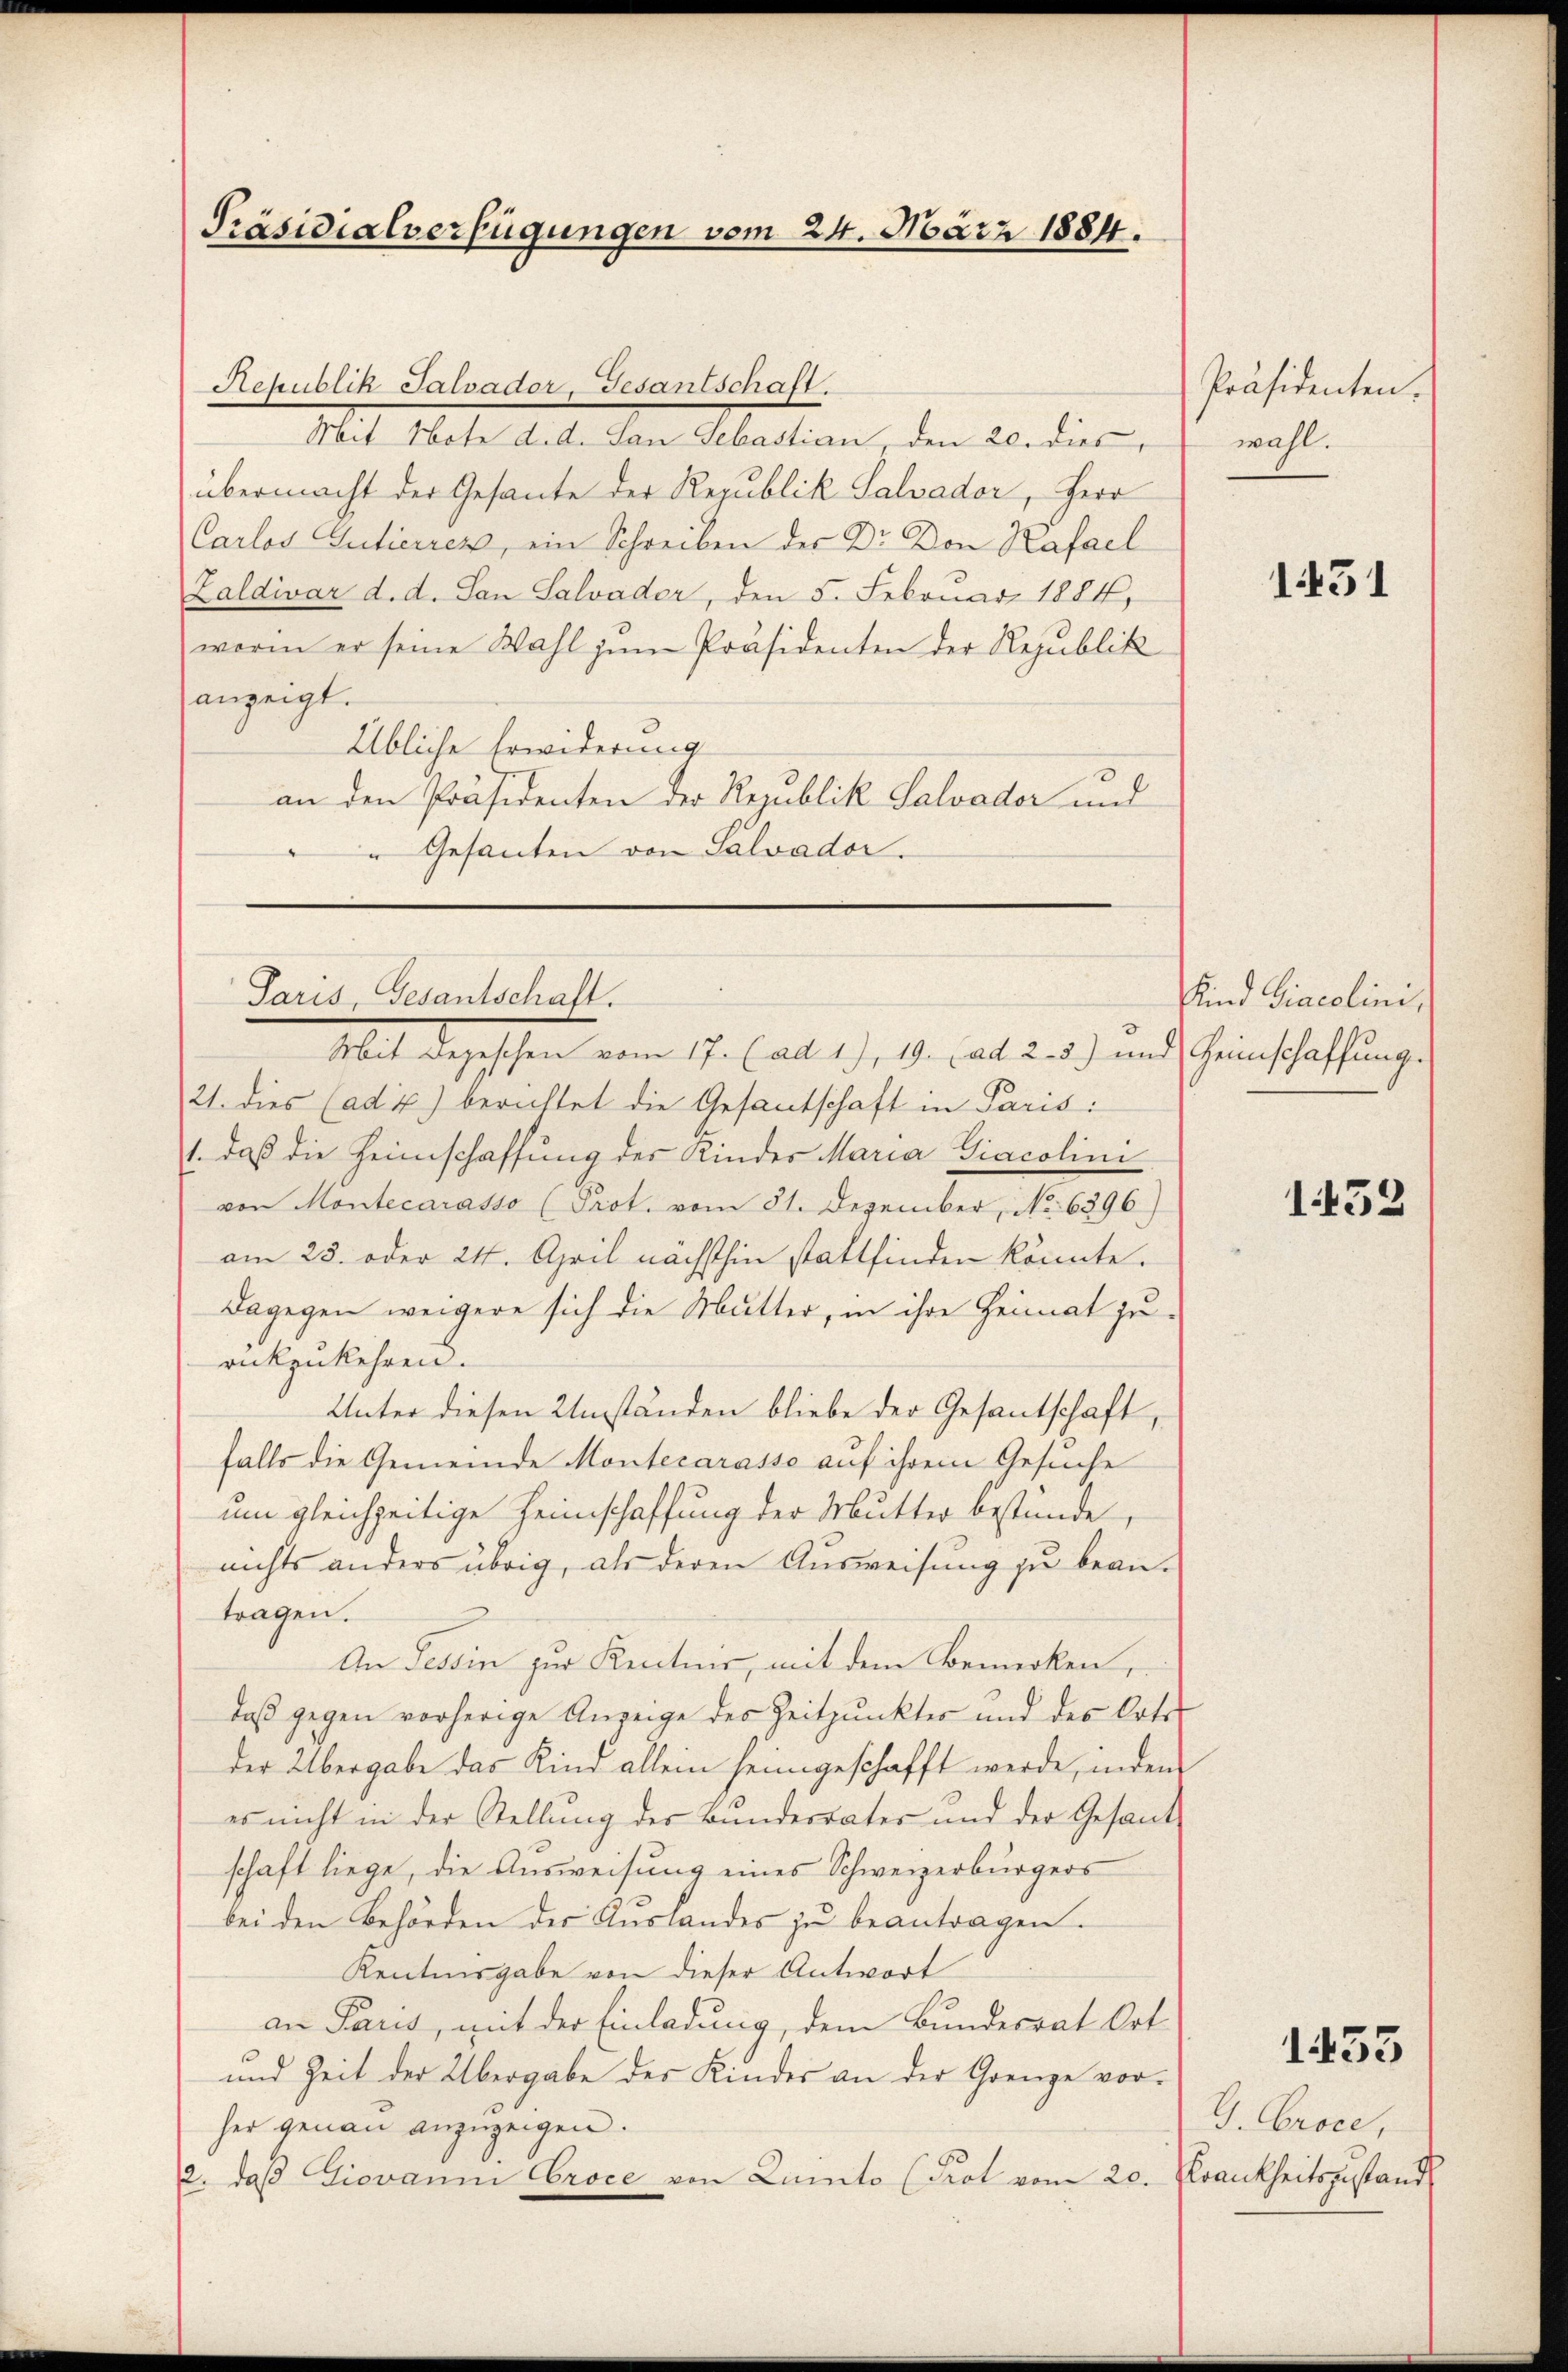
Präsidialverfügungen vom 24. März 1884.

Aepublik Salvador, Gesantschaft.
Mit Note d. d. San Sebastian, den 20. dies
übermacht der Gesante der Republik Salvador, Herr
Carlod Gutierren, ein Schreiben der Dr. Don Hafael
Zaldivar d. d. San Salvader, den 5. Februar 1884,
worin er seine Wahl zŭm Präsidenten der Republik
anzeigt.
Übliche Erwiderung
an den Präsidenten der Republik Salvader und
e
"Gesanten von Salvador.

Paris, Gedantschaft.

Mit depeschen vom 17. (als 1.), 1. hat. 25) und Heinschaffung
21. dies (adx) berichtet die Gesantschaft in Paris:
1., daß die Heimschaffung des Kinder Maria Giacolini
von Montecarasso (Prot. vom 31. Dezember, No 6396)
am 23. oder 24. April nächsthin stattfinden könnte.
Dagegen weigere sich die Mutter, in ihre Heimat zurückzukehren.
Unter diesen Umständen bliebe der Gesantschaft,
falls die Gemeinde Montecarasse auf ihrem Gesuche
um gleichzeitige Heimschaffung der Mutter bestände,
nichts anders übrig, als deren Ausweisung zu beantragen.
An Tessin zur Kenntnis, mit dem Bemerken,
daß gegen vorherige Anzeige der Zeitpunkter und des Orte
der Übergabe das Kind allein heimgeschafft werde, indem
es nicht in der Stellung der Bundesrates und der Gesandschaft liege, die Ausweisung eines Schweizerbürgers
bei den Behörden der Auslandes zŭ beantragen.
Kentnnsgabe von dieser Antwort
an Paris, mit der Einladung, dem Bundesrat Ort
und Zeit der Übergabe des Kindes an der Grenze vorher genau anzuzeigen.
2. daß Giovann Croce von Lumto (Prot vom 20. Krankheitszustands

Präsidenten.
wahl.

1431

Kind Diacolini

1453

1433

G. Croce,